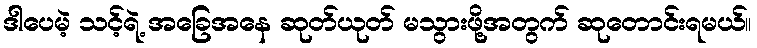
ဒါပေမဲ့ သင့်ရဲ့ အခြေအနေ ဆုတ်ယုတ် မသွားဖို့အတွက် ဆုတောင်းရမယ်။